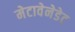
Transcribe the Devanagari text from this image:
मेटावेनेडेट